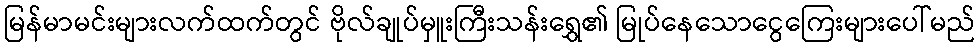
မြန်မာမင်းများလက်ထက်တွင် ဗိုလ်ချုပ်မှူးကြီးသန်းရွှေ၏ မြုပ်နေသောငွေကြေးများပေါ်မည်